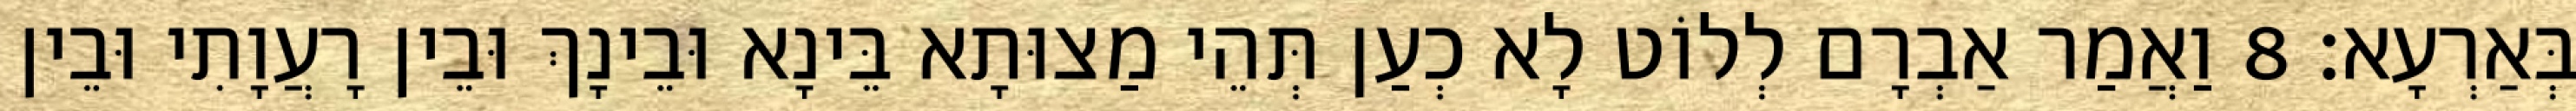
בְּאַרְעָא׃ 8 וַאֲמַר אַבְרָם לְלוֹט לָא כְעַן תְּהֵי מַצוּתָא בֵּינָא וּבֵינָךְ וּבֵין רָעֲוָתִי וּבֵין